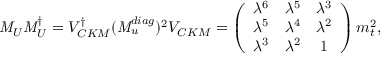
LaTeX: { \it M } _ { U } { \it M } _ { U } ^ { \dagger } = V _ { C K M } ^ { \dagger } ( { \it M } _ { u } ^ { d i a g } ) ^ { 2 } V _ { C K M } = \left( \begin{array} { l c c } { { \lambda ^ { 6 } } } & { { \lambda ^ { 5 } } } & { { \lambda ^ { 3 } } } \\ { { \lambda ^ { 5 } } } & { { \lambda ^ { 4 } } } & { { \lambda ^ { 2 } } } \\ { { \lambda ^ { 3 } } } & { { \lambda ^ { 2 } } } & { { 1 } } \end{array} \right) m _ { t } ^ { 2 } ,